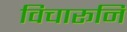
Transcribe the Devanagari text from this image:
विचारूनि